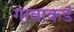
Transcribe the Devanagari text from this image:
गावाकडं